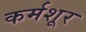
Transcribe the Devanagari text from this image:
कर्मशूर